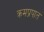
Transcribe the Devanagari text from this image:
क्रमप्रपात